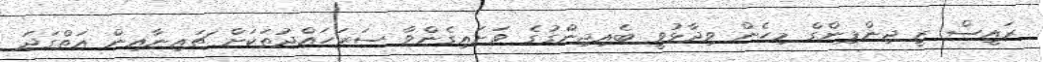
ރައީސް ޒީ ޖިންޕިންގް މިހެން ވިދާޅުވީ ބެއިޖިންގުގެ ވަށައިގެންވާ ސަރަހައްދުތަކަށް ޗައިނާއިން އަތްގަދަ